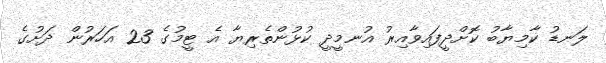
ލަނޑު ކާމިޔާބު ކޮށްދީފައިވާއިރު އުނމީދީ ކުޅުންތެރިޔާ އެ ޓީމުގެ 23 އަހަރުން ދަށުގެ